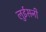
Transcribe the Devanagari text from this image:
लुईसनी